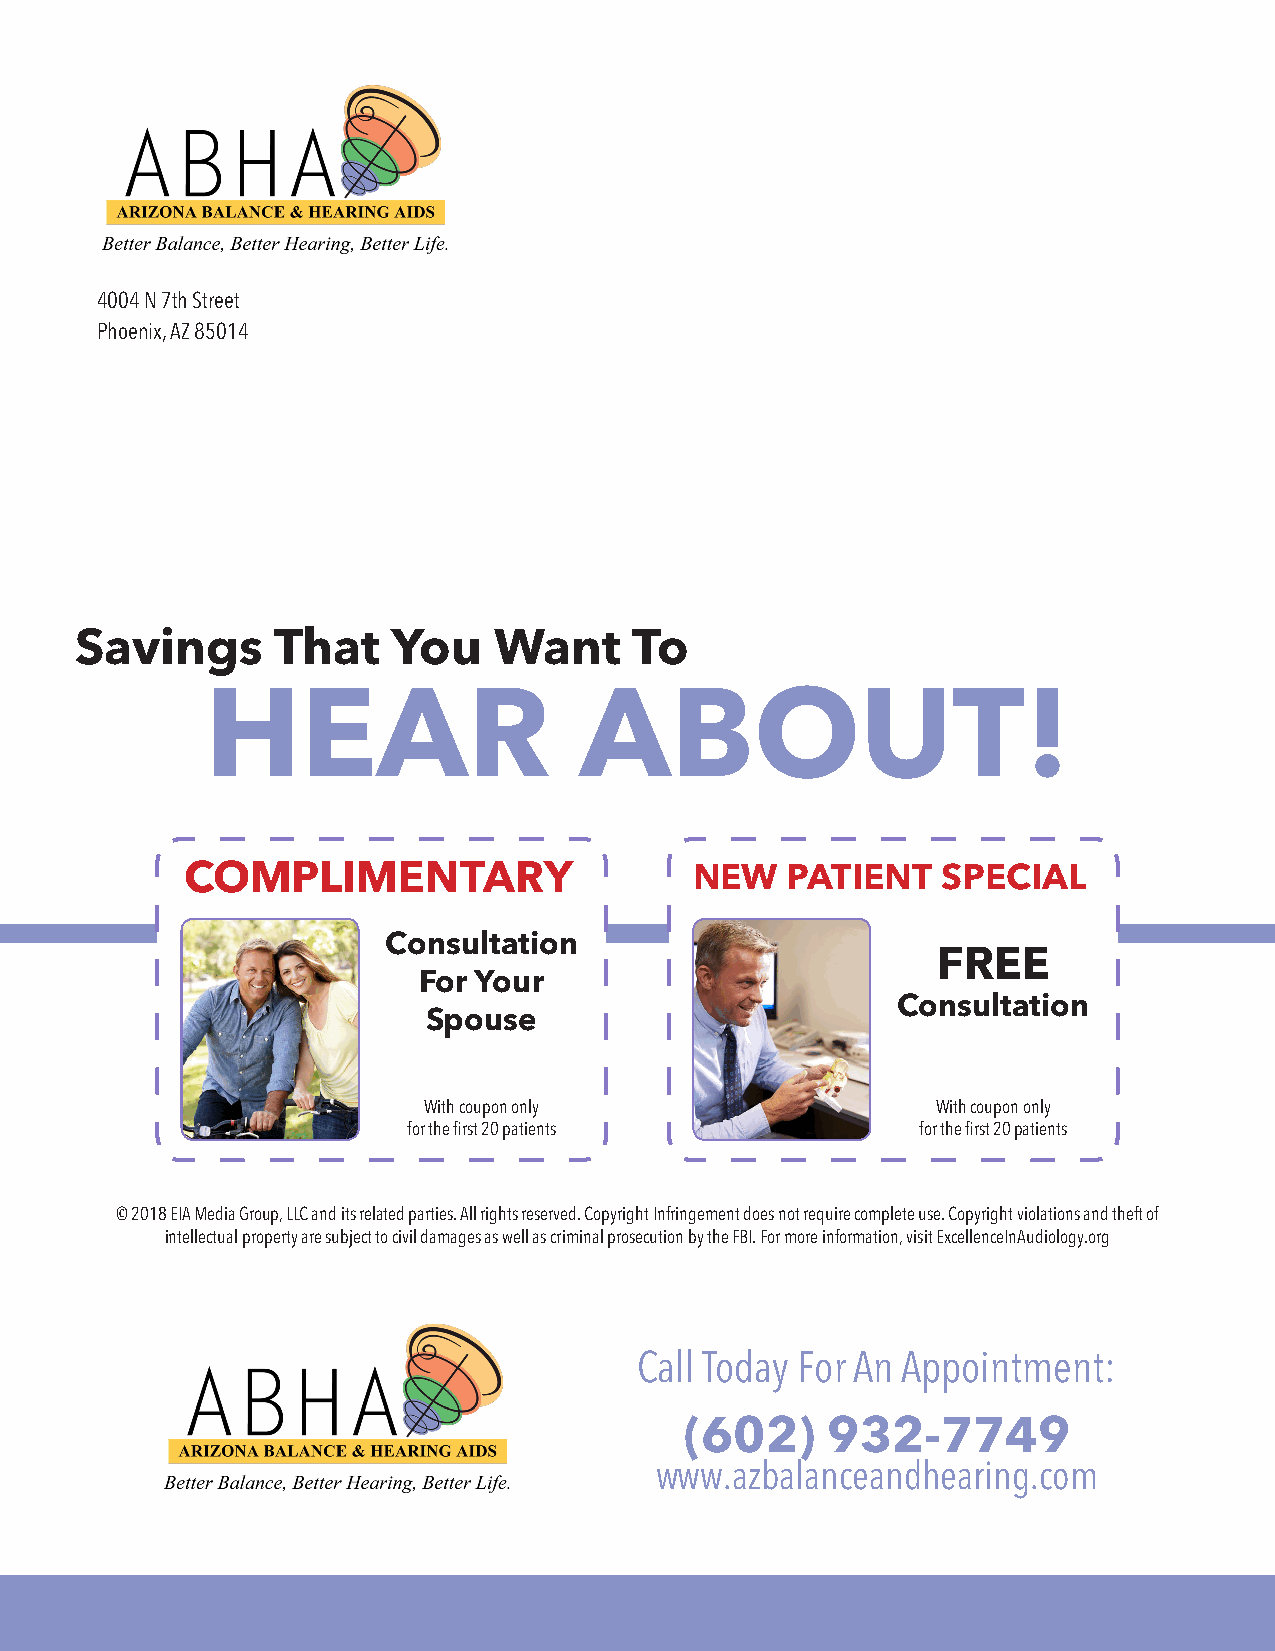
4004 N 7th Street
 Phoenix, AZ 85014
 Savings      That    You    Want     To
 HEAR                    ABOUT!
 COMPLIMENTARY                     NEW   PATIENT   SPECIAL
 Consultation
 FREE
 For Your
 Consultation
 Spouse
 With coupon only                  With coupon only
 for the first 20 patients         for the first 20 patients
 © 2018 EIA Media Group, LLC and its related parties. All rights reserved. Copyright Infringement does not require complete use. Copyright violations and theft of
 intellectual property are subject to civil damages as well as criminal prosecution by the FBI. For more information, visit ExcellenceInAudiology.org
 Call Today For An Appointment:
 (602)     932-7749
 www.azbalanceandhearing.com